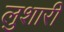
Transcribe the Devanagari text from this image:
लुशारी